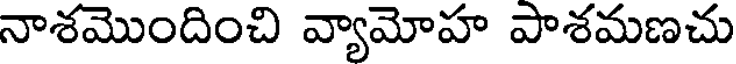
నాశమొందించి వ్యామోహ పాశమణచు